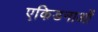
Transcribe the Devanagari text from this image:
एकिडनाओं